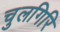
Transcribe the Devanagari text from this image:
चुलगिरि